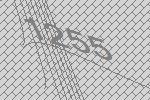
1255